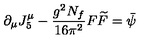
\partial _ { \mu } J _ { 5 } ^ { \mu } - { \frac { g ^ { 2 } N _ { f } } { 1 6 \pi ^ { 2 } } } F \widetilde { F } = \bar { \psi }